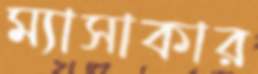
ম্যাসাকার